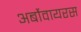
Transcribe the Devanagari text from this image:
अर्बोवायरस